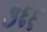
૩૬૬